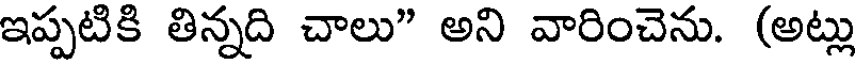
ఇప్పటికి తిన్నది చాలు" అని వారించెను. (అట్లు